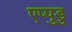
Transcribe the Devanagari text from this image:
एप्पुडु